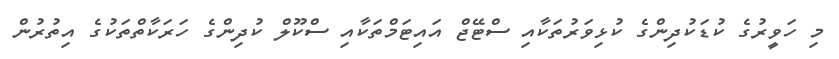
މި ހަވީރުގެ ކުޑަކުދިންގެ ކުޅިވަރުތަކާއި ސްޓޭޖް އައިޓަމްތަކާއި ސްކޫލް ކުދިންގެ ހަރަކާތްތަކުގެ އިތުރުން